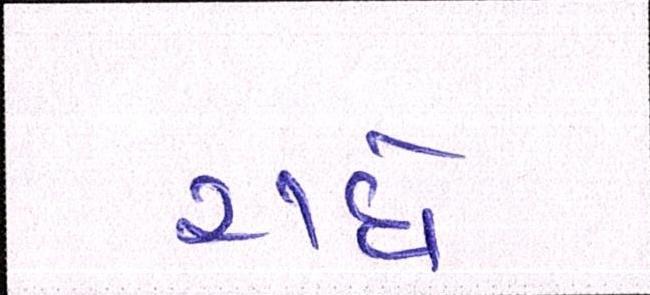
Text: રાધે